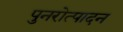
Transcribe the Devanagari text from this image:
पुनरोत्पादन